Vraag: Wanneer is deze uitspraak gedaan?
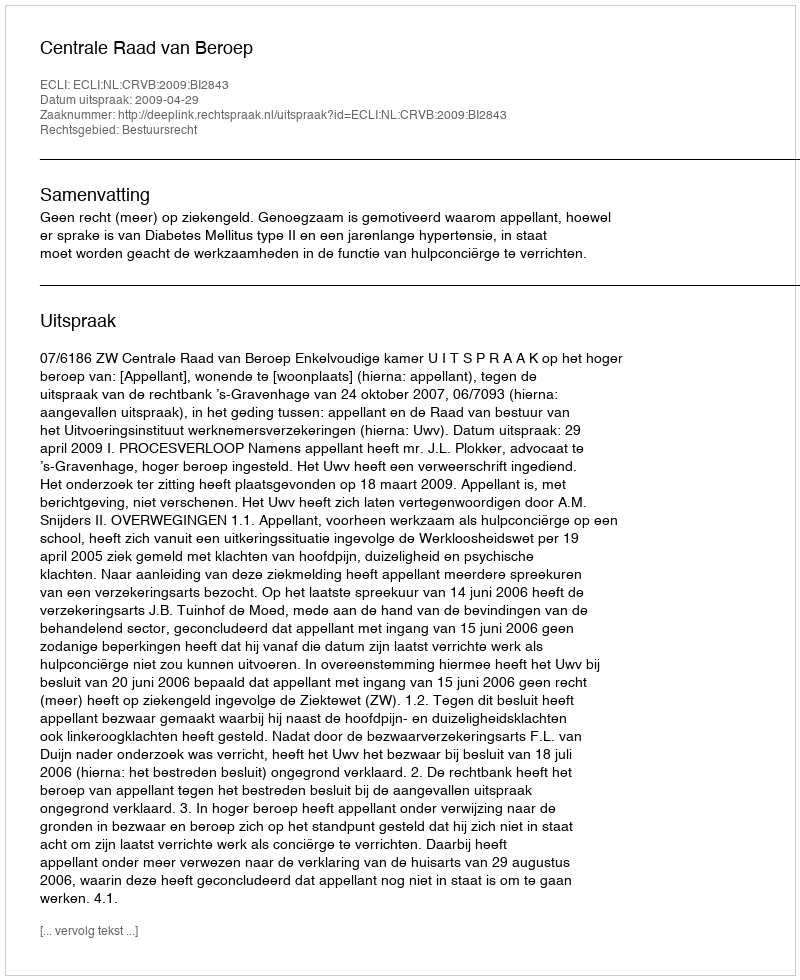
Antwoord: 2009-04-29